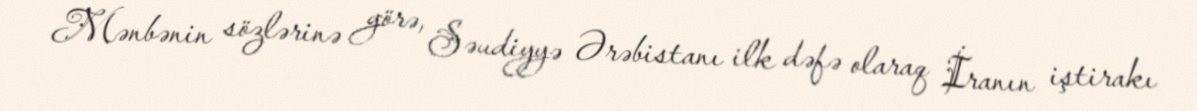
Mənbənin sözlərinə görə, Səudiyyə Ərəbistanı ilk dəfə olaraq İranın iştirakı